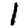
Digit: 1